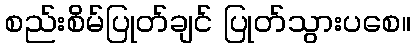
စည်းစိမ်ပြုတ်ချင် ပြုတ်သွားပစေ။